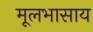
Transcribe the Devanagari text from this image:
मूलभासाय